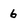
Character: 6